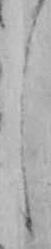
し